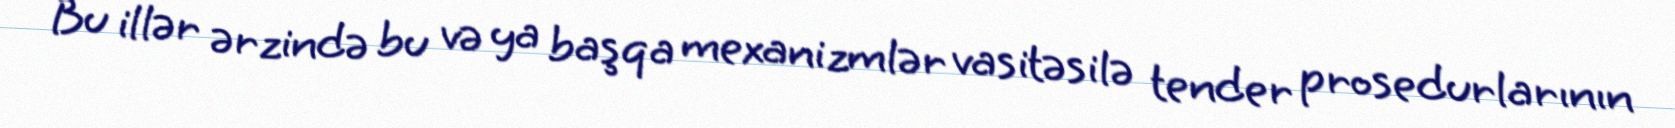
Bu illər ərzində bu və ya başqa mexanizmlər vasitəsilə tender prosedurlarının